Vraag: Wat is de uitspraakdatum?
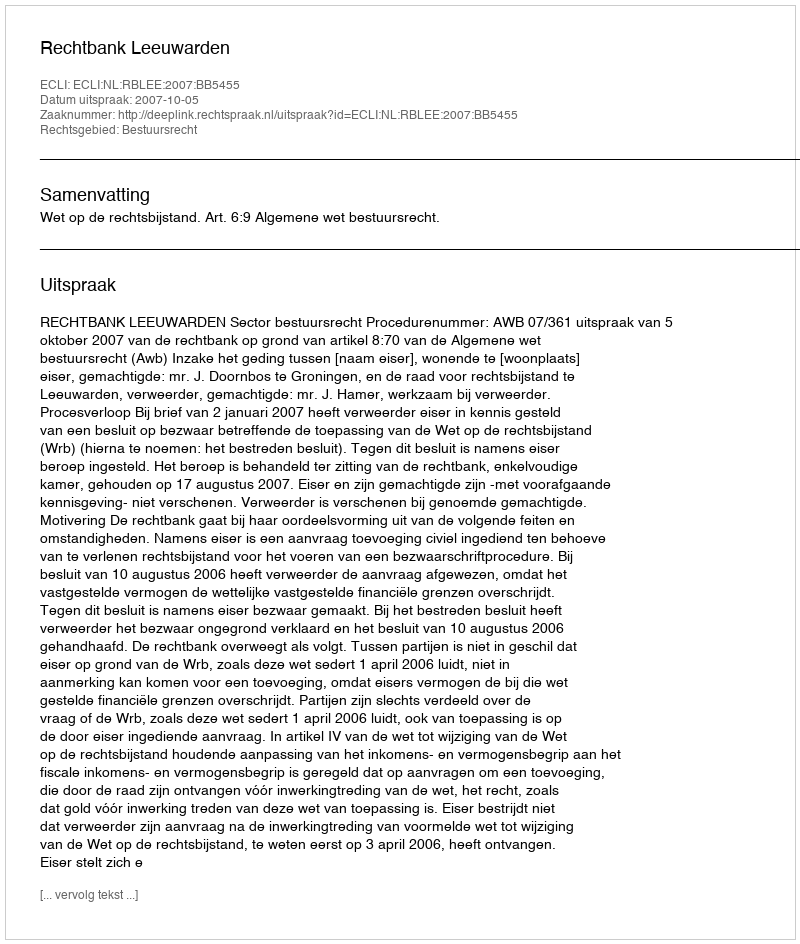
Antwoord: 2007-10-05